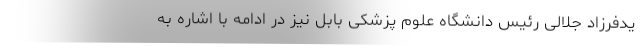
یدفرزاد جلالی رئیس دانشگاه علوم پزشکی بابل نیز در ادامه با اشاره به